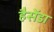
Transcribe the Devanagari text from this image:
हैसेंडा